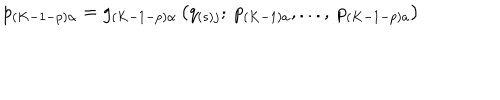
LaTeX: p _ { \left( K - 1 - p \right) \alpha } = g _ { \left( K - 1 - p \right) \alpha } \left( q _ { \left( s \right) j } ; \ p _ { \left( K - 1 \right) a } , . . . , \ p _ { \left( K - 1 - p \right) a } \right)